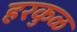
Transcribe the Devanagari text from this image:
हरकुळ